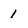
Character: 1